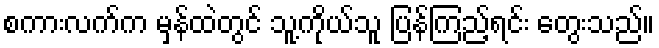
စကားလက်က မှန်ထဲတွင် သူ့ကိုယ်သူ ပြန်ကြည့်ရင်း တွေးသည်။